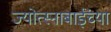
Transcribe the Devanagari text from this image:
ज्योत्स्नाबाईंच्या